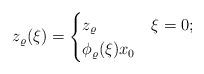
LaTeX: \begin{align*}z_\varrho(\xi) =\begin{cases}z_\varrho & \xi = 0; \\\phi_\varrho(\xi) x_0 & \end{cases}\end{align*}